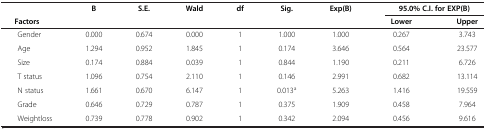
|  | B | S.E. | Wald | df | Sig. | Exp(B) | <COLSPAN=2> 95.0% C.I. for EXP(B) |
 | Factors |  |  |  |  |  |  | Lower | Upper |
 | --- | --- | --- | --- | --- | --- | --- | --- | --- |
 | Gender | 0.000 | 0.674 | 0.000 | 1 | 1.000 | 1.000 | 0.267 | 3.743 |
 | Age | 1.294 | 0.952 | 1.845 | 1 | 0.174 | 3.646 | 0.564 | 23.577 |
 | Size | 0.174 | 0.884 | 0.039 | 1 | 0.844 | 1.190 | 0.211 | 6.726 |
 | T status | 1.096 | 0.754 | 2.110 | 1 | 0.146 | 2.991 | 0.682 | 13.114 |
 | N status | 1.661 | 0.670 | 6.147 | 1 | 0.013a | 5.263 | 1.416 | 19.559 |
 | Grade | 0.646 | 0.729 | 0.787 | 1 | 0.375 | 1.909 | 0.458 | 7.964 |
 | Weightloss | 0.739 | 0.778 | 0.902 | 1 | 0.342 | 2.094 | 0.456 | 9.616 |